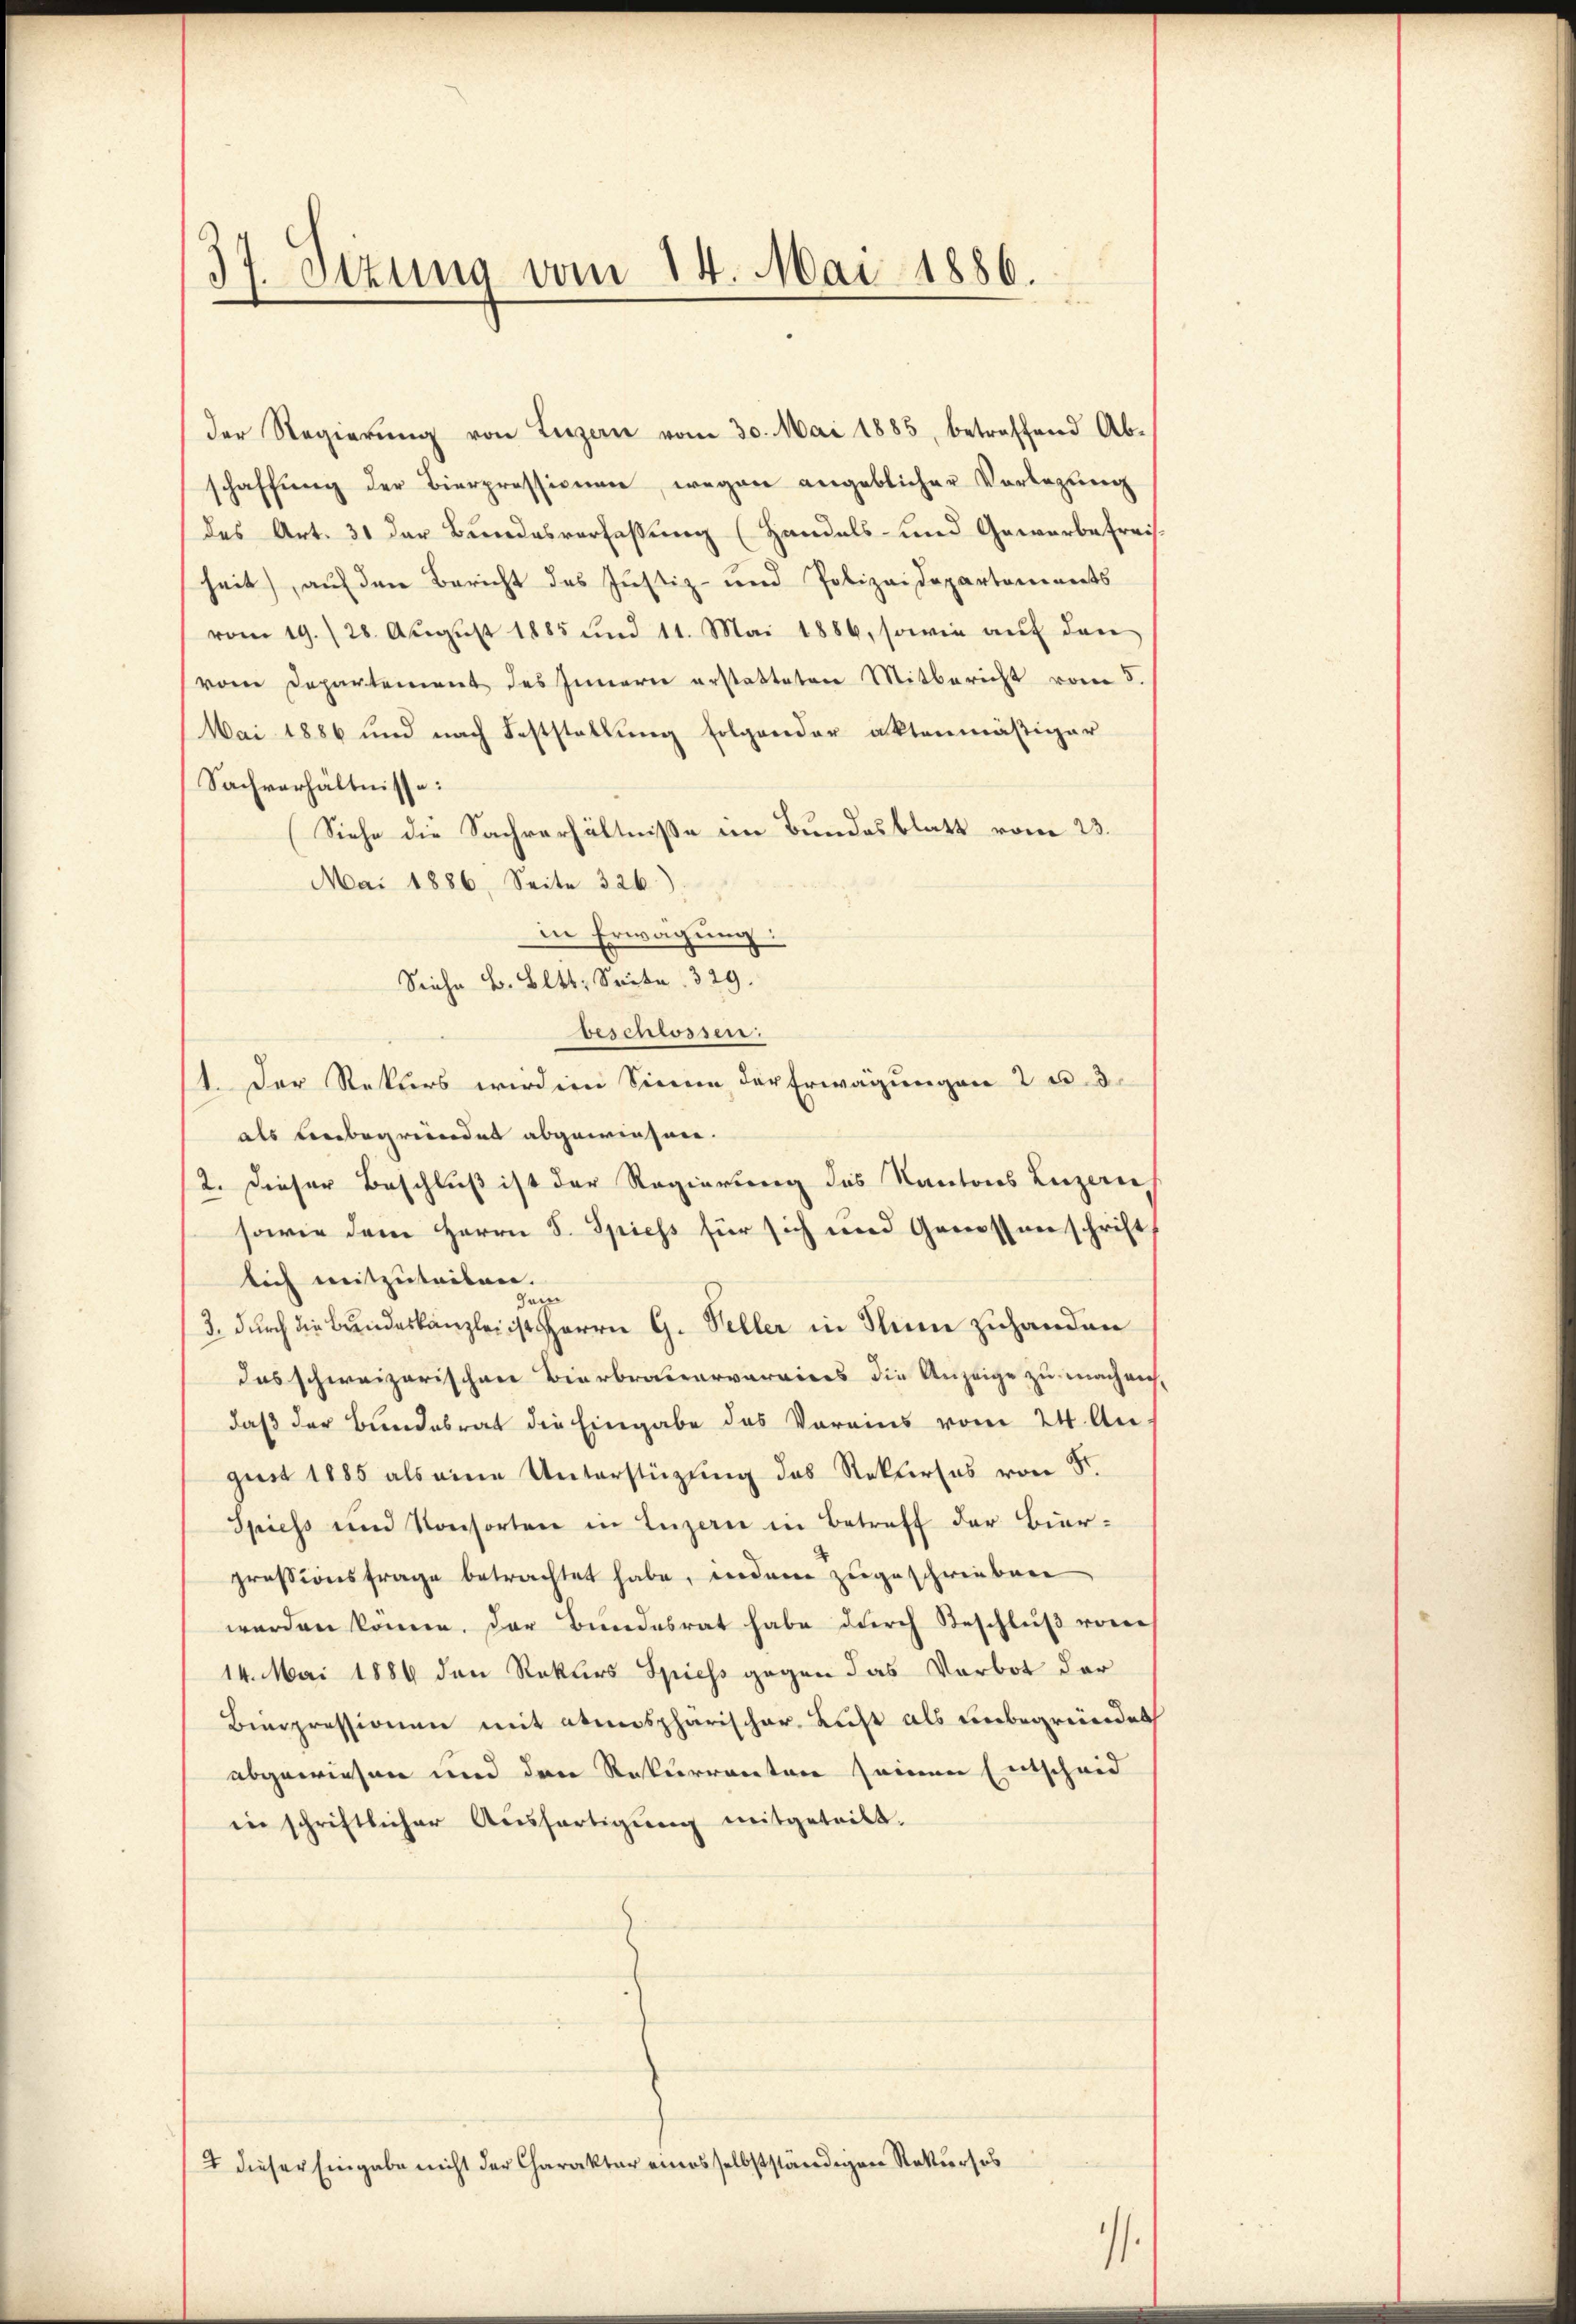
37. Stzung vom 14. Mai 1886.

der Regierŭng von Luzern vom 30. Mai 1885, betreffend Ab-
schaffŭng der Bierpressionen, wegen angeblicher Vorlegung
des Art. 31 der Bundesverfaßung (Handels- und Gewerbefreis-
heit), auf den Bericht des Justiz- und Polizeidepartoninets
vom 19. 28. August 1885 und 11. Mai 1886, sowie auf den
vom Departement des Innern erstatteten Mitbericht vom 5
Mai 1886 und nach Feststellung folgender aktenmäßiger
Sachverhältnisse:
Siehe die Sachverhältnisse im Bundesblatt vom 23.
Mai 1886, Seite 326)
in Erwägung:
Siehe B. Bett. Seite 329.
beschlossen:
1. Der Rekurs wirdien Sinnen der Erwägungen 2 u. 3.
als unbegründet abgewiesen.
2. Dieser Beschluß ist der Regierung des Kantons Luzern,
sowie dem Herrn S. Spiess für sich und Genossenschrift
lich mitzuteilen.
3. durch die Bundeskanzlei ist Herrn G. Seller in Nun zuhanden
das schweizerischen Bierbrauearvarvices die Anzeige zu macheich,
daß der Bundesrat die Eingabe des Voreins vom 24. Au
gust 1885 als eine Unterstüzung des Rekurses von Sr.
Spiess und Konsorten in Luzern in Betreff der Bier-
pressionsfrage betrachtet habe, indem zugeschrieben
werden könne. Der Bundesrat habe durch Beschlŭβ von
14. Mai 1889 den Rekurs Spiess gegen das Verbot der
Binpressionen mit atmosphärischer Licht als unbegründet
abgewiesen und den Rekurrentare seinen Entscheid
in schriftlicher Aŭsfertigŭng mitgeteilt.

2 dieser Eingabe nicht der Charakter eines selbstständigen Rekurses